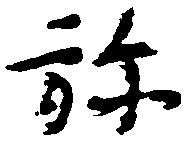
弥